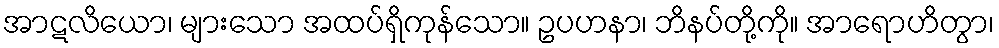
အာဋလိယော၊ များသော အထပ်ရှိကုန်သော။ ဥပဟနာ၊ ဘိနပ်တို့ကို။ အာရောဟိတွာ၊